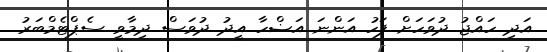
އަދި ހައްޖު ދުވަހަށް ފަހު އަންނަ އަޟްހާ އީދު ދުވަސް ދިމާވީ ސެޕްޓެމްބަރު